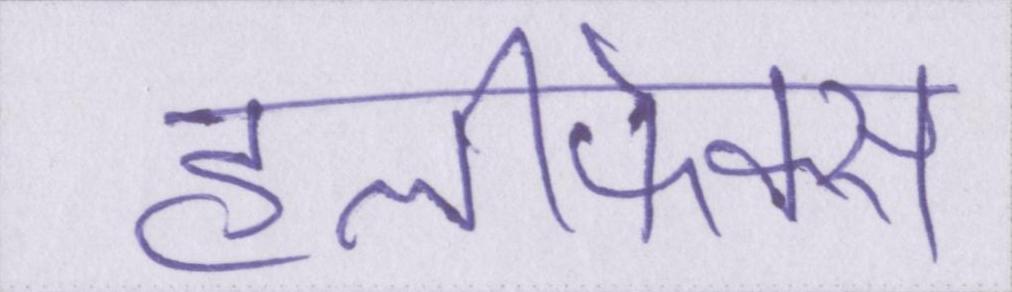
हैलीफेक्स